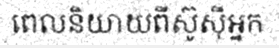
ពេលនិយាយពីស៊ូស៊ីអ្នក